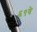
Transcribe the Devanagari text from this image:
६९वे